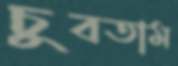
চুবতাম